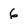
Character: 6